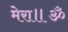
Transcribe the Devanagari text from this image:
मेरा॥ॐ